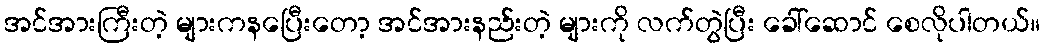
အင်အားကြီးတဲ့ များကနပြေီးတော့ အင်အားနည်းတဲ့ များကို လက်တွဲပြီး ခေါ်ဆောင် စေလိုပါတယ်။